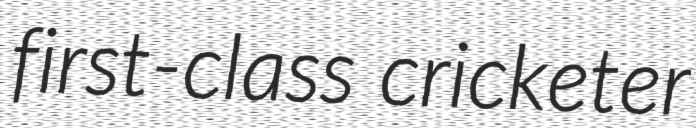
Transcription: first-class cricketer